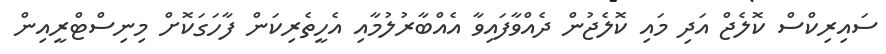
ސައިރިކްސް ކޮލެޖް އަދި މައި ކޮލެޖުން ދެއްވާފައިވާ އެއްބާރުލުމާއި އެހީތެރިކަން ފާހަގަކޮށް މިނިސްޓްރީއިން